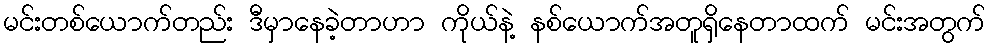
မင်းတစ်ယောက်တည်း ဒီမှာနေခဲ့တာဟာ ကိုယ်နဲ့ နစ်ယောက်အတူရှိနေတာထက် မင်းအတွက်